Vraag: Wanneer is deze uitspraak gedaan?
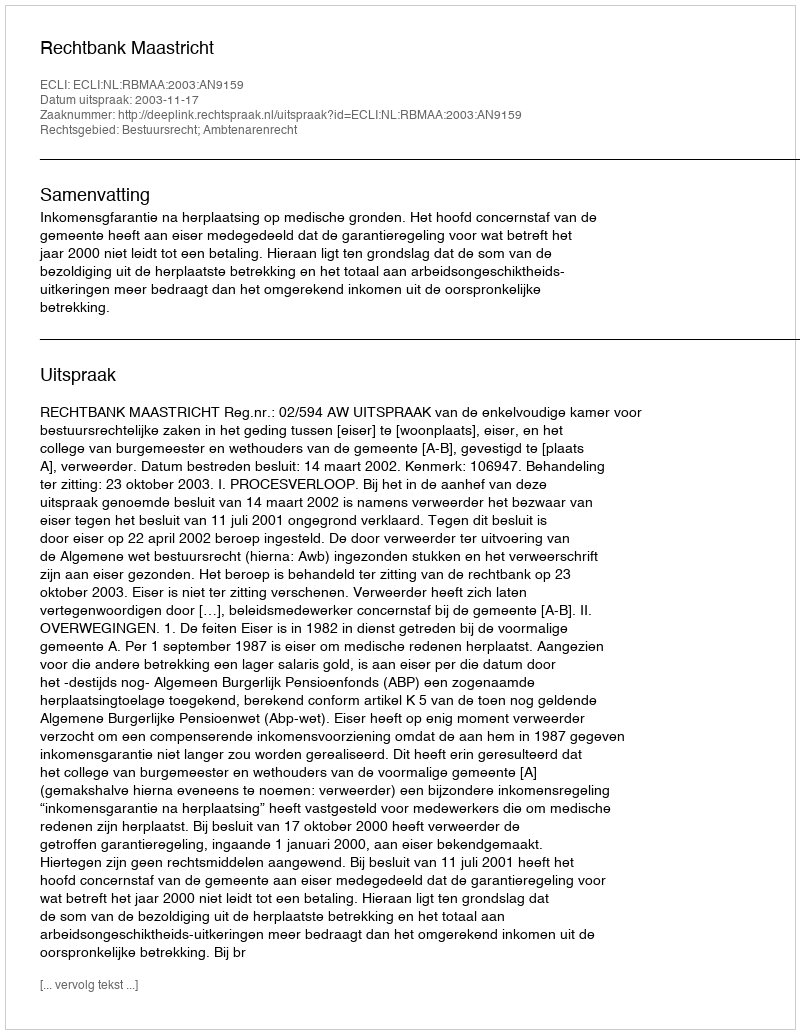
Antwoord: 2003-11-17